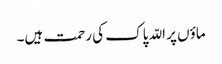
ماؤں پر اللّہ پاک کی رحمت ہیں۔